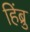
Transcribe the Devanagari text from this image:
हिंब्रु